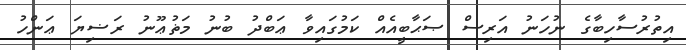
އިތުރުސާހިބާގެ ނުހަނު އަރިސް ޞަޙާބީއެއް ކަމުގައިވާ ޢަބްދު ބުނު މަޡުޢޫނު ރަޟިޔަ ޢަންހު